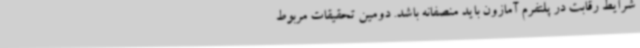
شرایط رقابت در پلتفرم آمازون باید منصفانه باشد. دومین تحقیقات مربوط